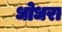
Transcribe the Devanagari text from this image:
धोधरा